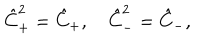
LaTeX: \hat { C } _ { + } ^ { 2 } = \hat { C } _ { + } , \quad \hat { C } _ { - } ^ { 2 } = \hat { C } _ { - } ,